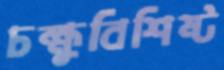
চক্ষুবিশিষ্ট